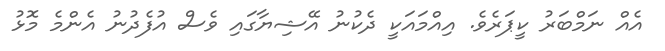
އެއް ނަމްބަރު ކީޕަރެވެ. އިއްމައަކީ ދެކުނު އޭޝިޔާގައި ވެސް އުފެދުނު އެންމެ މޮޅު